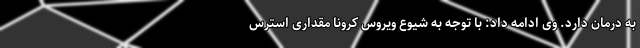
به درمان دارد. وی ادامه داد: با توجه به شیوع ویروس کرونا مقداری استرس